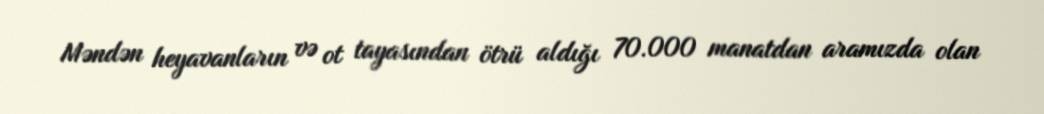
Məndən heyavanların və ot tayasından ötrü aldığı 70.000 manatdan aramızda olan